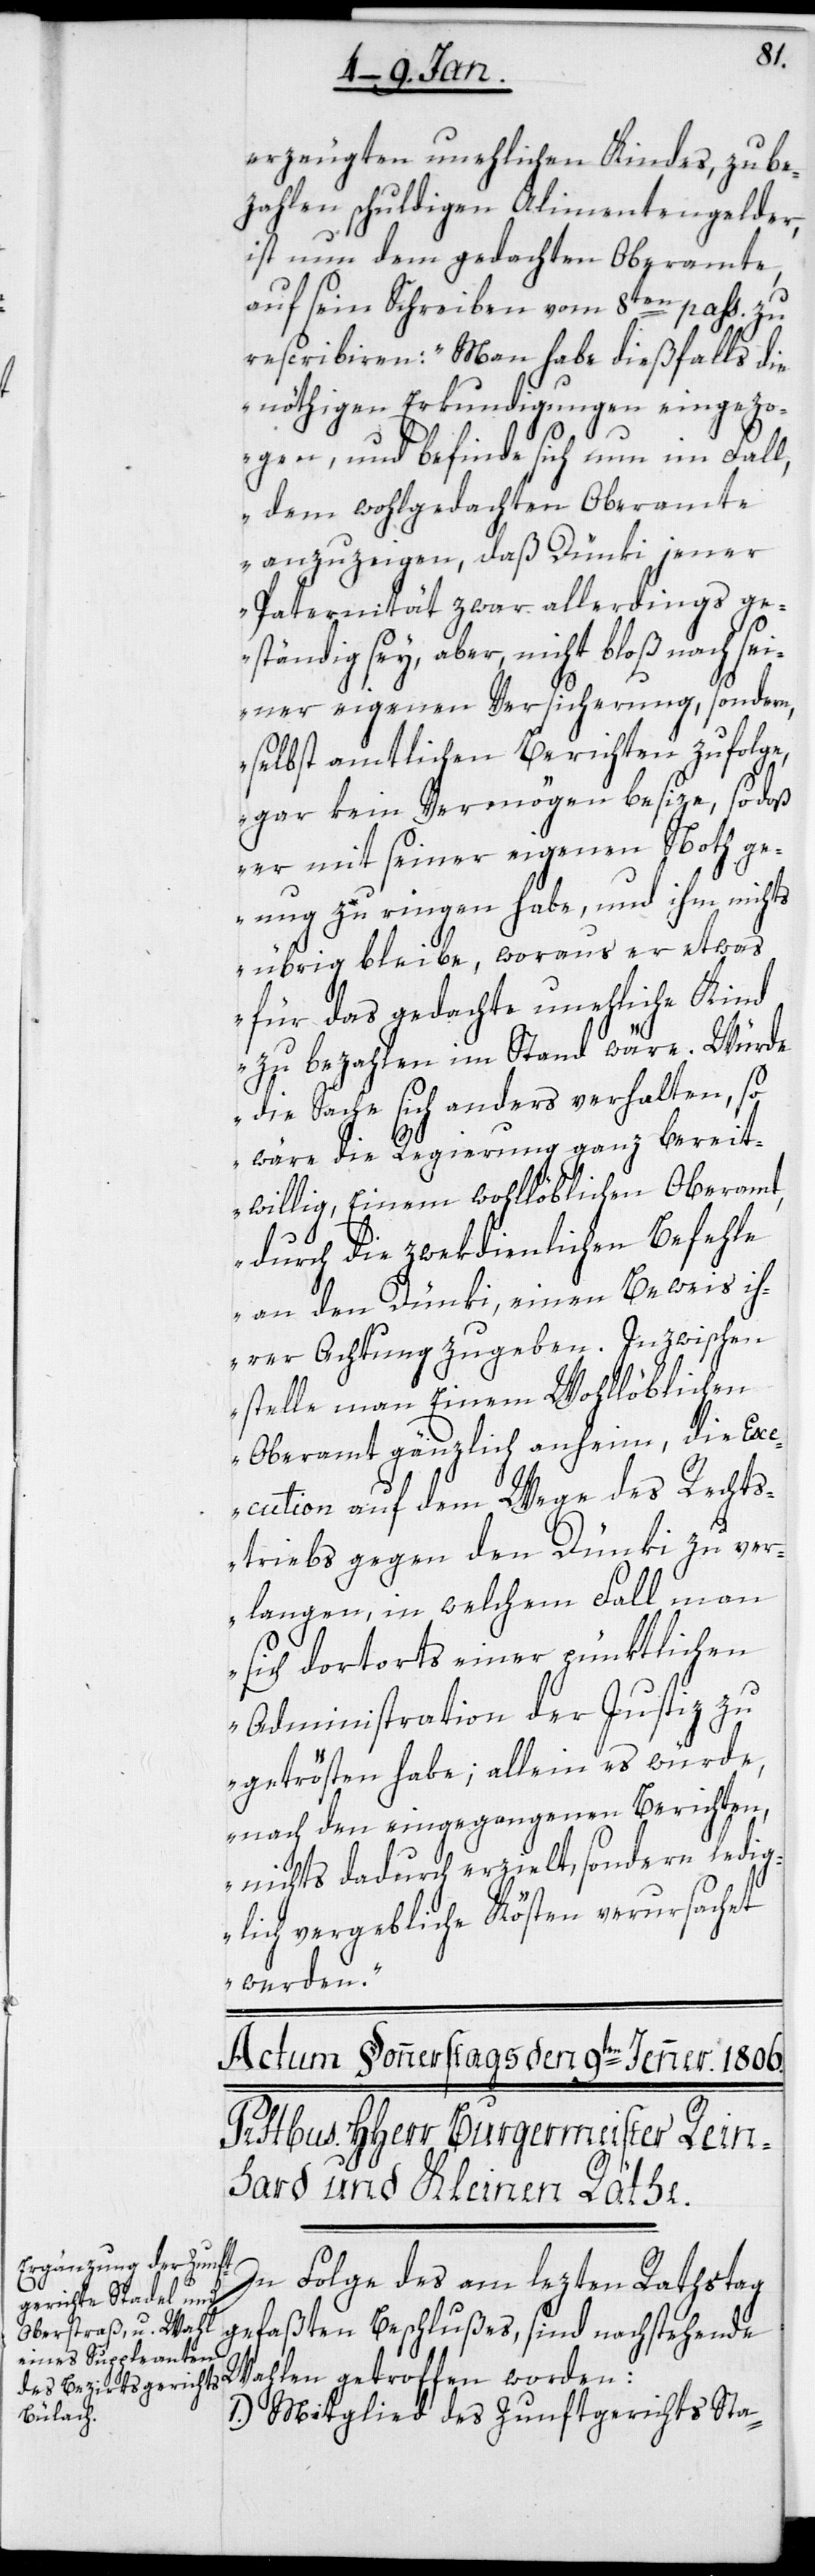
erzeugten unehelichen Kindes, zu be¬
zahlen schuldigen Alimentengelder,
ist nun dem gedachten Oberamte,
auf sein Schreiben vom 8ten pass. zu
rescribiren: „Man habe dießfalls die
nöthigen Erkundigungen eingezo¬
gen, und befinde sich nun im Fall,
dem wohlgedachten Oberamte
anzuzeigen, daß Dünki jener
Paternität zwar allerdings ge¬
ständig sey, aber nicht bloß nach sei¬
ner eigenen Versicherung, sondern
selbst amtlichen Berichten zufolge,
gar kein Vermögen besize, so daß
er mit seiner eigenen Noth ge¬
nug zu ringen habe, und ihm nichts
übrig bleibe, woraus er etwas
für das gedachte unehliche Kind
zu bezahlen im Stand wäre. Würde
die Sache sich anders verhalten, so
wäre die Regierung ganz bereit¬
willig, Einem wohllöblichen Oberamt,
durch die zwekdienlichen Befehle
an den Dünki, einen Beweis ih¬
rer Achtung zugeben. Inzwischen
stelle man Einem Wohllöblichen
Oberamt gänzlich anheim, die Ex¬
ecution auf dem Wege des Rechts¬
triebs gegen den Dünki zu ver¬
langen, in welchem Fall man
sich dortorts einer pünktlichen
Administration der Justiz zu
getrösten habe; allein es würde
nach den eingegangenen Berichten,
nichts dadurch erzielt, sondern ledig¬
lich vergebliche Kösten verursachet
werden“.
In Folge des am lezten Rathstag
gefaßten Beschlußes, sind nachstehende
Wahlen getroffen worden:
1. Mitglied des Zunftgerichts Sta-